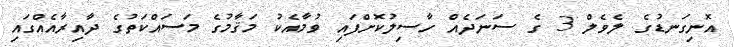
އޮނިގަނޑުގެ ލެވެލް 3 ގެ ސަނަދެއް ހާސިލުކޮށްފައި ވުމާއެކު މަޤާމުގެ މަސައްކަތުގެ ދާއިރާއެއްގައި